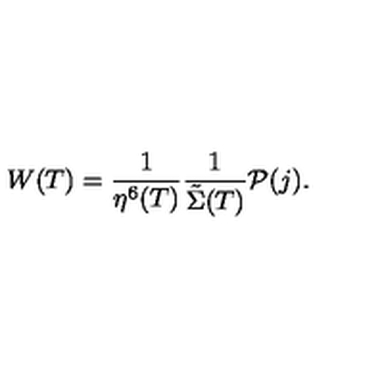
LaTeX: W ( T ) = \frac { 1 } { \eta ^ { 6 } ( T ) } \frac { 1 } { { \tilde { \Sigma } } ( T ) } { \cal P } ( j ) .